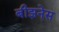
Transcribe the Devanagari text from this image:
बीझनेस